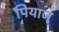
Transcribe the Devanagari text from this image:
पियाज